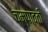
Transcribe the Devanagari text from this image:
चम्पावती